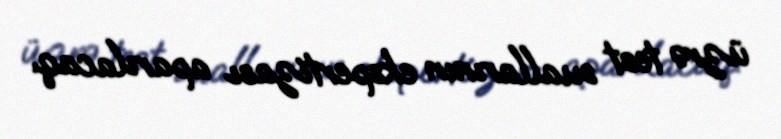
üzrə test suallarının ekspertizası aparılacaq.